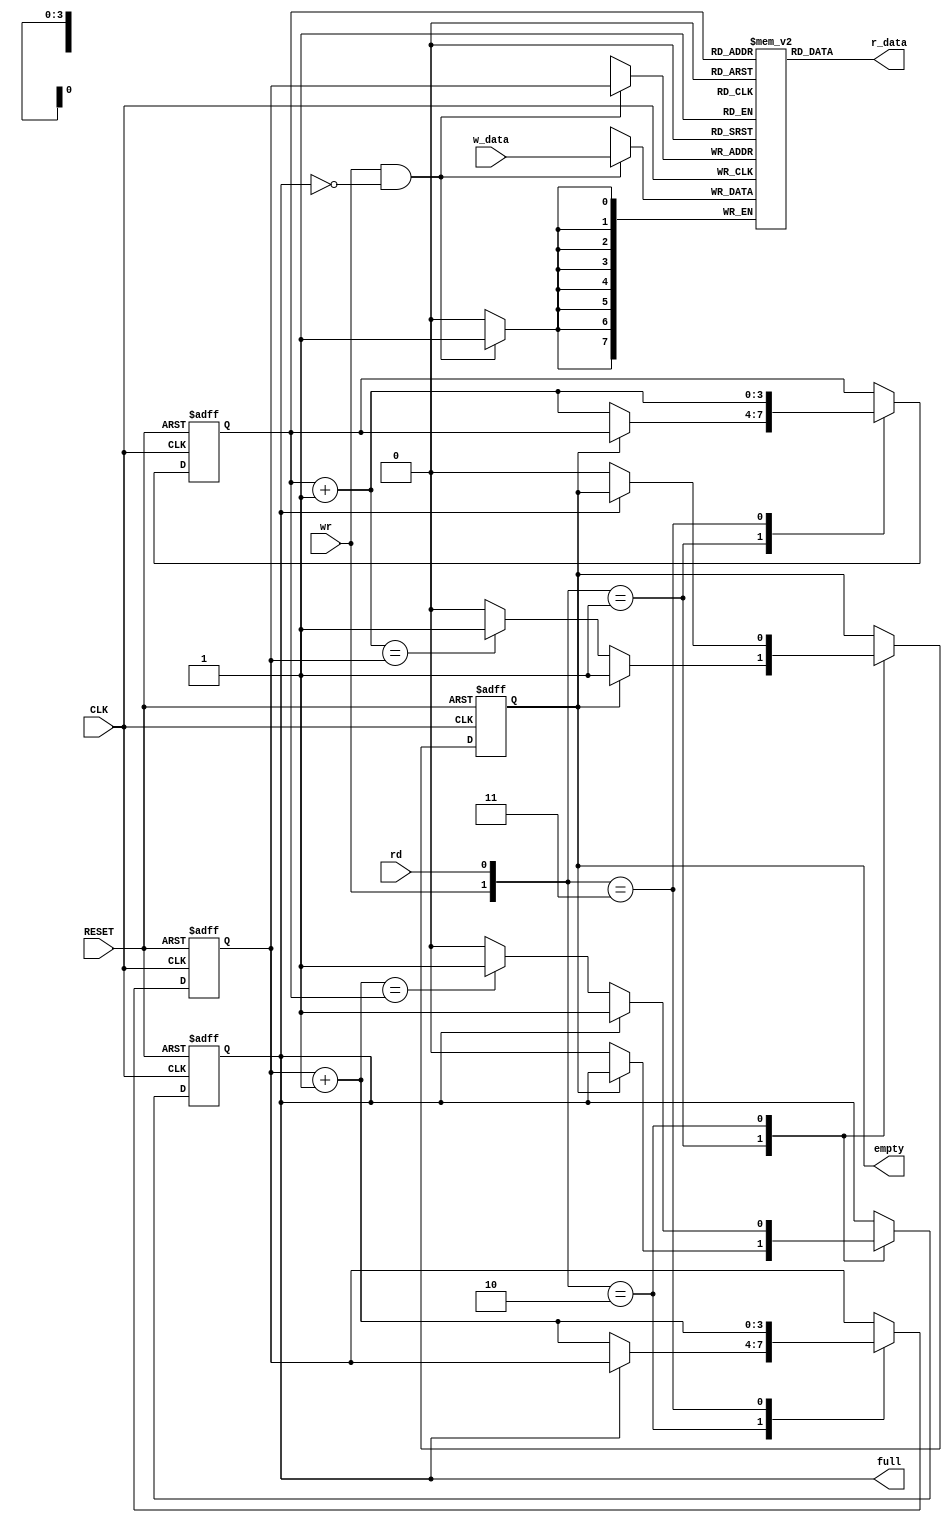
`timescale 1ns / 1ps
//////////////////////////////////////////////////////////////////////////////////
// Company: 
// Engineer: 
// 
// Design Name: 
// Module Name:    FIFO 
// Project Name: 
// Target Devices: 
// Tool versions:  
// Description: 
//
// Dependencies: 
//
// Revision: 
// Revision 0.01 - File Created
// Additional Comments: 
//
//////////////////////////////////////////////////////////////////////////////////
module FIFO
#(
parameter
	B = 8,
	W = 4
)
(
    input wire CLK, RESET,
	 input wire wr, rd,
	 input wire [B-1:0] w_data,
	 output wire empty, full,
	 output wire [B-1:0] r_data	 
);

	reg [B-1:0] cola_circular [2**W-1:0];
	reg [W-1:0] w_ptr_reg, w_ptr_next, w_ptr_succ;
	reg [W-1:0] r_ptr_reg, r_ptr_next, r_ptr_succ;
	reg full_reg, empty_reg, full_next, empty_next;
	
	wire wr_en;
	
	always @(posedge CLK)
	if (wr_en)
		cola_circular[w_ptr_reg] <= w_data;
	
	assign r_data = cola_circular[r_ptr_reg];
	
	assign wr_en = wr & ~full_reg;

	always @(posedge CLK, posedge RESET)
	begin
		if(RESET)
		begin
			w_ptr_reg <= 0;
			r_ptr_reg <= 0;
			full_reg <= 0;
			empty_reg <= 1;
		end
		else
		begin
			w_ptr_reg <= w_ptr_next;
			r_ptr_reg <= r_ptr_next;
			full_reg <= full_next;
			empty_reg <= empty_next;
		end
	end
	
	always @(*)
	begin
		w_ptr_succ = w_ptr_reg + 1;
		r_ptr_succ = r_ptr_reg + 1;
		w_ptr_next = w_ptr_reg;
		r_ptr_next = r_ptr_reg;
		full_next = full_reg;
		empty_next = empty_reg;
		
		case({wr,rd})
			2'b01:				//Read
				if(~empty_reg)
					begin
					r_ptr_next = r_ptr_succ;
					full_next = 1'b0;
					if(r_ptr_succ== w_ptr_reg)
						empty_next = 1'b1;
					end
			
			2'b10:
				if(~full_reg)
					begin
					w_ptr_next = w_ptr_succ;
					empty_next = 1'b0;
					if(w_ptr_succ == r_ptr_reg)
						full_next = 1'b1;
					end
					
			2'b11:
				begin
				w_ptr_next = w_ptr_succ;
				r_ptr_next = r_ptr_succ;
				end
		endcase
	end
	 
	assign full = full_reg;
	assign empty = empty_reg;

endmodule